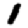
Digit: 1